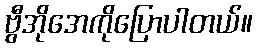
ဗွီအိုအေကိုပြောပါတယ်။